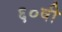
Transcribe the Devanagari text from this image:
६०वी